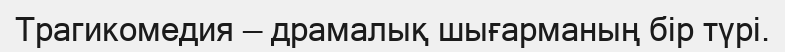
Трагикомедия — драмалық шығарманың бір түрі.